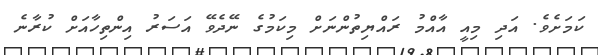
ކަމަށެވެ. އަދި މިއީ އާއްމު ރައްޔިތުންނަށް މިކަމުގެ ނޭދެވޭ އަސަރު އިންތިހާއަށް ކުރާނެ